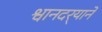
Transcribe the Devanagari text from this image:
श्वानदर्‍याने